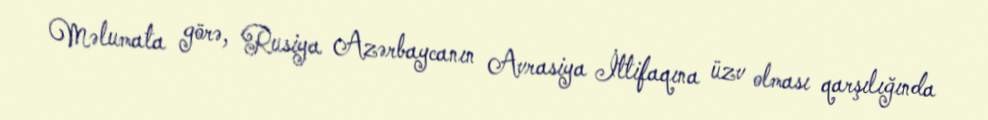
Məlumata görə, Rusiya Azərbaycanın Avrasiya İttifaqına üzv olması qarşılığında